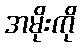
အမိုးကို